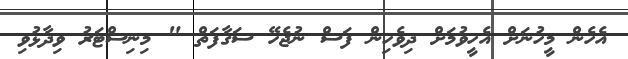
އެހެން މީހުނަށް އެހީވުމަށް ދިވެހިން ފަސް ނުޖެހޭ ސަގާފަތް " މިނިސްޓަރު ވިދާޅުވި